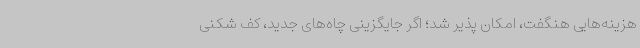
هزینه‌هایی هنگفت، امکان پذیر شد؛ اگر جایگزینی چاه‌های جدید، کف شکنی